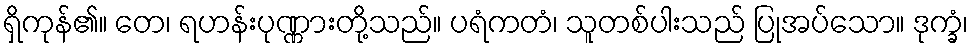
ရှိကုန်၏။ တေ၊ ရဟန်းပုဏ္ဏားတို့သည်။ ပရံကတံ၊ သူတစ်ပါးသည် ပြုအပ်သော။ ဒုက္ခံ၊